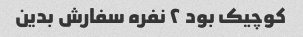
کوچیک بود ۲ نفره سفارش بدین